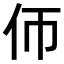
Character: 𠇆